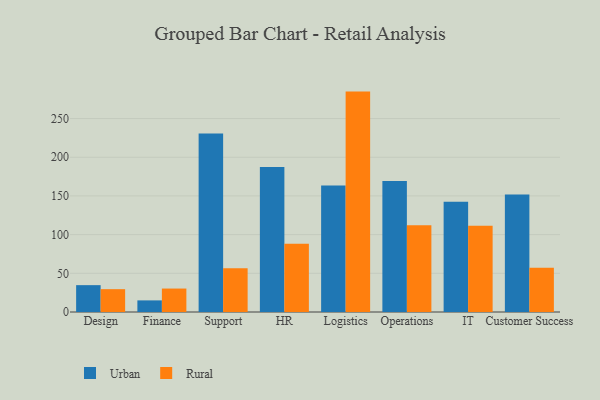
{"axis": {"x": "Department", "y": "Active Users"}, "legend": ["Rural", "Urban"], "data": [{"x": "Design", "y": 34.7, "type": "Urban"}, {"x": "Design", "y": 29.5, "type": "Rural"}, {"x": "Finance", "y": 15.0, "type": "Urban"}, {"x": "Finance", "y": 30.3, "type": "Rural"}, {"x": "Support", "y": 230.5, "type": "Urban"}, {"x": "Support", "y": 56.4, "type": "Rural"}, {"x": "HR", "y": 187.5, "type": "Urban"}, {"x": "HR", "y": 88.2, "type": "Rural"}, {"x": "Logistics", "y": 163.6, "type": "Urban"}, {"x": "Logistics", "y": 284.8, "type": "Rural"}, {"x": "Operations", "y": 169.4, "type": "Urban"}, {"x": "Operations", "y": 112.2, "type": "Rural"}, {"x": "IT", "y": 142.6, "type": "Urban"}, {"x": "IT", "y": 111.6, "type": "Rural"}, {"x": "Customer Success", "y": 151.7, "type": "Urban"}, {"x": "Customer Success", "y": 57.3, "type": "Rural"}]}